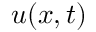
u ( x , t )